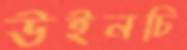
উইনচি